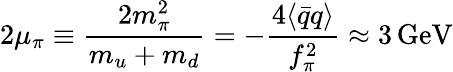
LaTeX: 2\mu_{\pi}\equiv\frac{2m_{\pi}^{2}}{m_{u}+m_{d}}=-\frac{4\langle\bar{q}q\rangle}{f_{\pi}^{2}}\approx 3\, \mathrm{GeV}